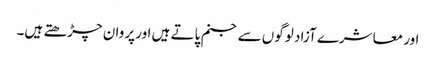
اور معاشرے آزاد لوگوں سے جنم پاتے ہیں اور پروان چڑھتے ہیں۔